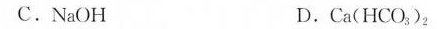
C.NaOH D.Ca(HCO_{3})_{2}